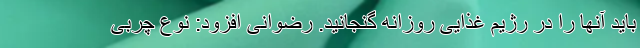
باید آنها را در رژیم غذایی روزانه گنجانید. رضوانی افزود: نوع چربی